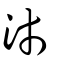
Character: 沛